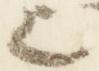
歟